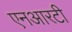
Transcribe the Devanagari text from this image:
एनआरटी